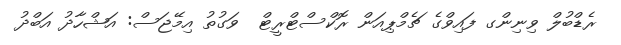
ރެޑްބުލް ވިނިންގ ފައިވްގެ ޗެމްޕިއަން ރޮކްސްޓްރީޓް  ވަގުތު އިމޭޖަސް: އަޝްހާދު އަބްދު